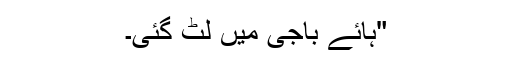
"ہائے باجی میں لٹ گئی۔